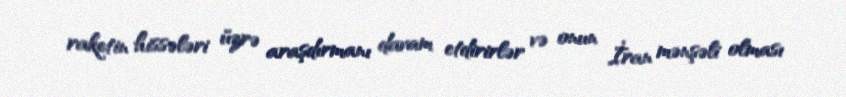
raketin hissələri üzrə araşdırmanı davam etdirirlər və onun İran mənşəli olması